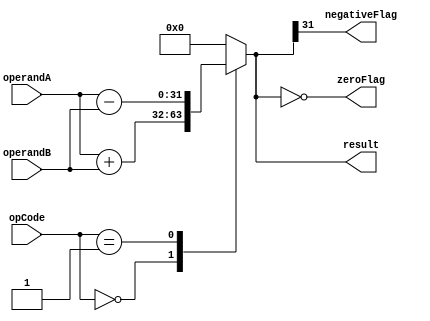
module ALU (
    input [31:0] operandA,
    input [31:0] operandB,
    input [2:0] opCode,
    output reg [31:0] result,
    output reg zeroFlag,
    output reg negativeFlag
);

always @* begin
    case (opCode)
        3'b000: result = operandA + operandB; // Addition operation
        3'b001: result = operandA - operandB; // Subtraction operation
        // Add more cases for other operations like multiplication and division
        default: result = 32'b0; // Default case for unknown operation
    endcase

    // Update status flags
    zeroFlag = (result == 32'b0);
    negativeFlag = (result[31] == 1);
end

endmodule